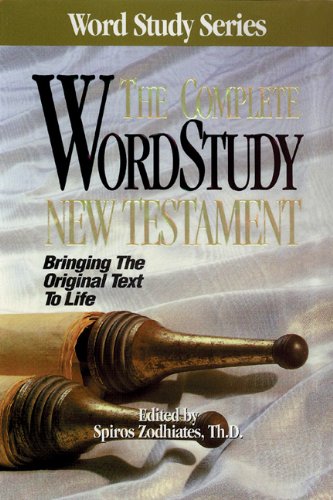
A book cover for The Complete Word Study New Testament (Word Study Series); Christian Books & Bibles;